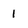
Character: 1